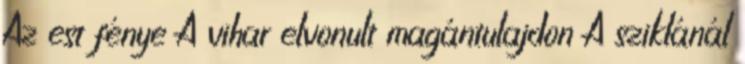
Az est fénye A vihar elvonult magántulajdon A sziklánál